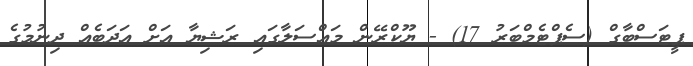
ޕީޓަސްބާގް (ސެޕްޓެމްބަރު 17) - ޔޫކްރޭން މައްސަލާގައި ރަޝިޔާ އަށް އަދަބެއް ދިނުމުގެ